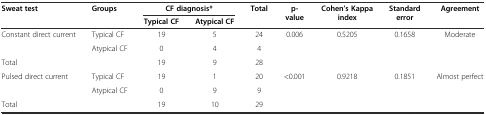
<table><thead><tr><td rowspan="2"><b>Sweat test</b></td><td rowspan="2"><b>Groups</b></td><td colspan="2"><b>CF diagnosis*</b></td><td rowspan="2"><b>Total</b></td><td rowspan="2"><b>p-value</b></td><td rowspan="2"><b>Cohen’s Kappa index</b></td><td rowspan="2"><b>Standard error</b></td><td rowspan="2"><b>Agreement</b></td></tr><tr><td><b>Typical CF</b></td><td><b>Atypical CF</b></td></tr></thead><tbody><tr><td rowspan="2">Constant direct current</td><td>Typical CF</td><td>19</td><td>5</td><td>24</td><td rowspan="2">0.006</td><td rowspan="2">0.5205</td><td rowspan="2">0.1658</td><td rowspan="2">Moderate</td></tr><tr><td>Atypical CF</td><td>0</td><td>4</td><td>4</td></tr><tr><td colspan="2">Total</td><td>19</td><td>9</td><td>28</td><td></td><td></td><td></td><td></td></tr><tr><td rowspan="2">Pulsed direct current</td><td>Typical CF</td><td>19</td><td>1</td><td>20</td><td rowspan="2">&lt;0.001</td><td rowspan="2">0.9218</td><td rowspan="2">0.1851</td><td rowspan="2">Almost perfect</td></tr><tr><td>Atypical CF</td><td>0</td><td>9</td><td>9</td></tr><tr><td colspan="2">Total</td><td>19</td><td>10</td><td>29</td><td></td><td></td><td></td><td></td></tr></tbody></table>